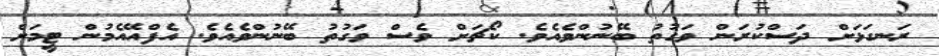
ރަނގަޅަށް ދަސްކުރަން ވަގުތު ބޭނުންވެއެވެ. ކޯޗަށް ވެސް ވަގުތު ބޭނުންވެއެވެ. އެފްއޭއެމުން ޓީމަށް